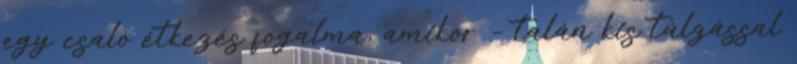
egy csaló étkezés fogalma, amikor – talán kis túlzással